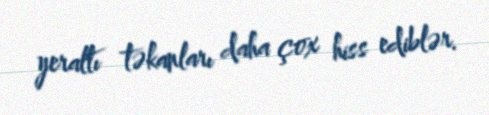
yeraltı təkanları daha çox hiss ediblər.